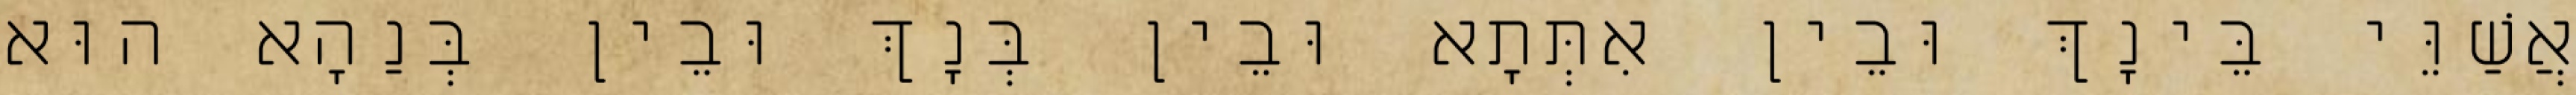
אֲשַׁוֵּי בֵּינָךְ וּבֵין אִתְּתָא וּבֵין בְּנָךְ וּבֵין בְּנַהָא הוּא